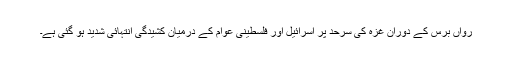
رواں برس کے دوران غزہ کی سرحد پر اسرائیل اور فلسطینی عوام کے درمیان کشیدگی انتہائی شدید ہو گئی ہے۔